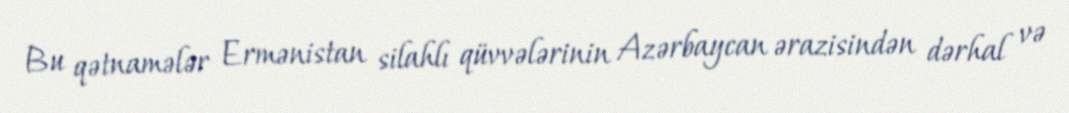
Bu qətnamələr Ermənistan silahlı qüvvələrinin Azərbaycan ərazisindən dərhal və